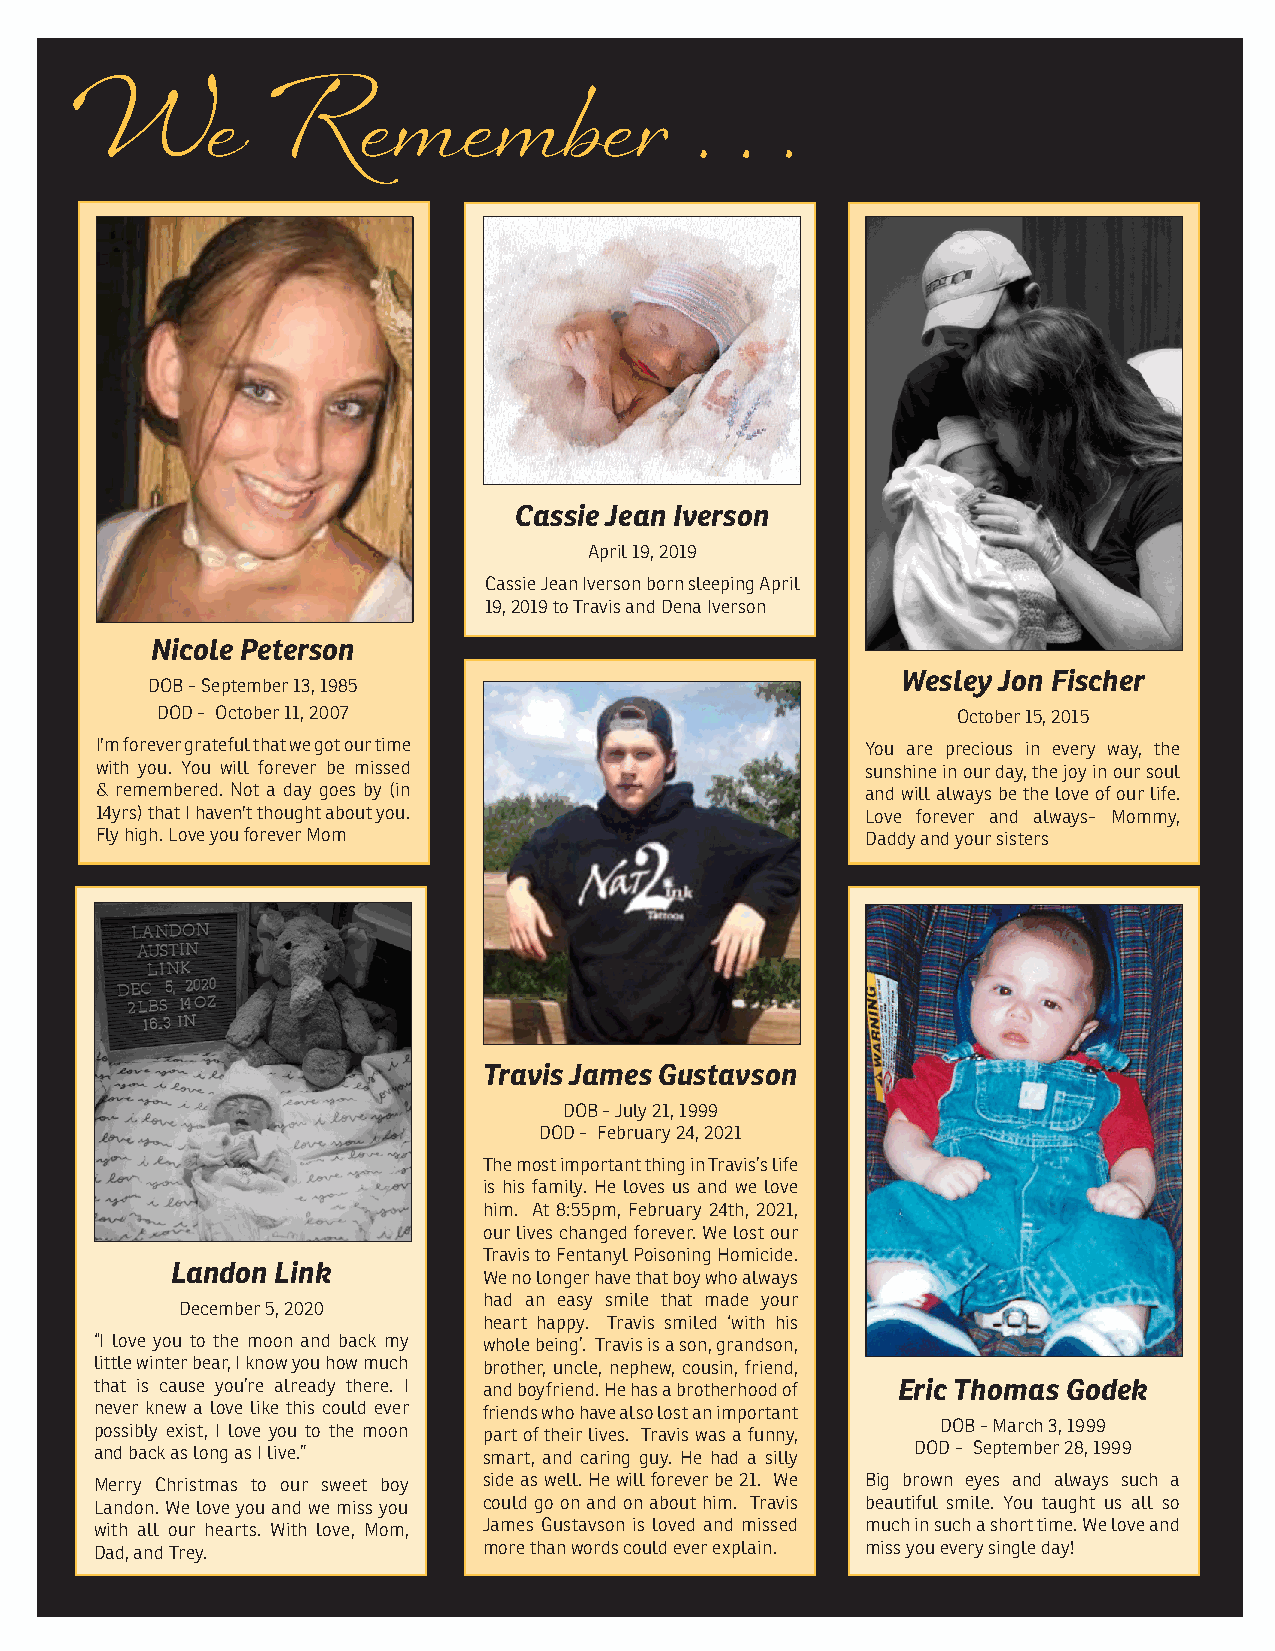
W        e   R     e m    e m   b  e r   .  . .
 Cassie Jean Iverson
 April 19, 2019
 Cassie Jean Iverson born sleeping April
 19, 2019 to Travis and Dena Iverson
 Nicole Peterson
 Wesley Jon Fischer
 DOB - September 13, 1985
 DOD - October 11, 2007                               October 15, 2015
 I'm forever grateful that we got our time          You are precious in every way, the
 with you. You will forever be missed               sunshine in our day, the joy in our soul
 & remembered. Not a day goes by (in                and will always be the love of our life.
 14yrs) that I haven't thought about you.           Love forever and always- Mommy,
 Fly high. Love you forever Mom                     Daddy and your sisters
 Travis James Gustavson
 DOB - July 21, 1999
 DOD - February 24, 2021
 The most important thing in Travis’s life
 is his family. He loves us and we love
 him. At 8:55pm, February 24th, 2021,
 our lives changed forever. We lost our
 Travis to Fentanyl Poisoning Homicide.
 Landon Link
 We no longer have that boy who always
 had an easy smile that made your
 December 5, 2020
 heart happy. Travis smiled ‘with his
 “I love you to the moon and back my whole being’. Travis is a son, grandson,
 little winter bear, I know you how much brother, uncle, nephew, cousin, friend,
 that is cause you’re already there. I and boyfriend. He has a brotherhood of Eric Thomas Godek
 never knew a love like this could ever friends who have also lost an important
 possibly exist, I love you to the moon part of their lives. Travis was a funny, DOB - March 3, 1999
 and back as long as I live.” smart, and caring guy. He had a silly DOD - September 28, 1999
 Merry Christmas to our sweet boy side as well. He will forever be 21. We Big brown eyes and always such a
 Landon. We love you and we miss you could go on and on about him. Travis beautiful smile. You taught us all so
 with all our hearts. With love, Mom, James Gustavson is loved and missed much in such a short time. We love and
 Dad, and Trey.            more than words could ever explain. miss you every single day!